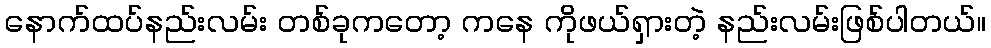
နောက်ထပ်နည်းလမ်း တစ်ခုကတော့ ကနေ ကိုဖယ်ရှားတဲ့ နည်းလမ်းဖြစ်ပါတယ်။